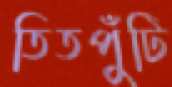
তিতপুঁটি